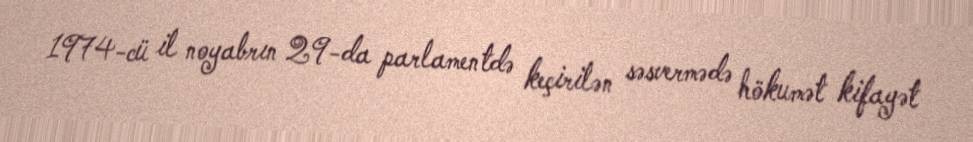
1974-cü il noyabrın 29-da parlamentdə keçirilən səsvermədə hökumət kifayət